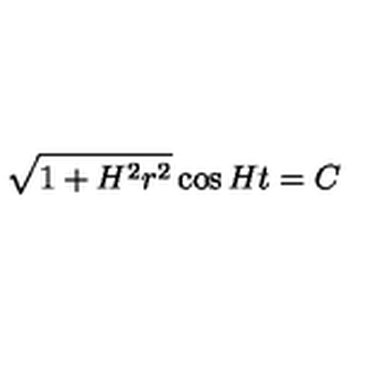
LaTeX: \sqrt { 1 + H ^ { 2 } r ^ { 2 } } \cos H t = C